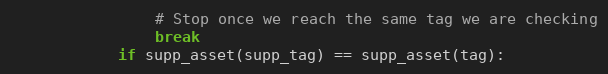
Language: Python
                # Stop once we reach the same tag we are checking
                break
            if supp_asset(supp_tag) == supp_asset(tag):